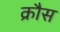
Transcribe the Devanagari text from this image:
क्रौस